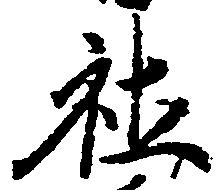
社